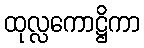
ထုလ္လကောဋ္ဌိကာ